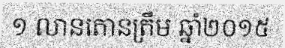
១ លានតោនត្រឹម ឆ្នាំ២០១៥